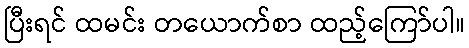
ပြီးရင် ထမင်း တယောက်စာ ထည့်ကြော်ပါ။